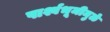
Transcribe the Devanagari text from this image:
पार्श्वभूमीमुळे